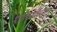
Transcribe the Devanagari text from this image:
भारतातदेखील